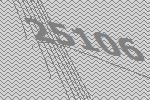
25106